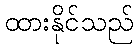
ထားနိုင်သည်